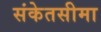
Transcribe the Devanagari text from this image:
संकेतसीमा